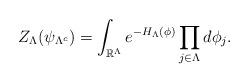
LaTeX: \begin{align*}Z_{\Lambda}(\psi_{\Lambda^c}) = \int_{\mathbb{R}^\Lambda} e^{-H_{\Lambda}(\phi)}\prod_{j \in \Lambda}d\phi_j . \end{align*}